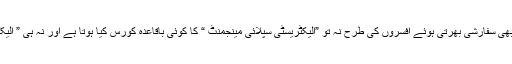
جہاں تک لائن مین کا تعلق ہے تو وہ بیچارہ کیا کرے ،اُس نے بھی سفارشی بھرتی ہوئے افسروں کی طرح نہ تو ”الیکٹریسٹی سپلائی مینجمنٹ “ کا کوئی باقاعدہ کورس کِیا ہوتا ہے اور نہ ہی ” الیکٹریکل انجینئرنگ “ میں مہارت کی ڈگری حاصل کی ہوتی ہے ۔